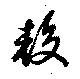
較